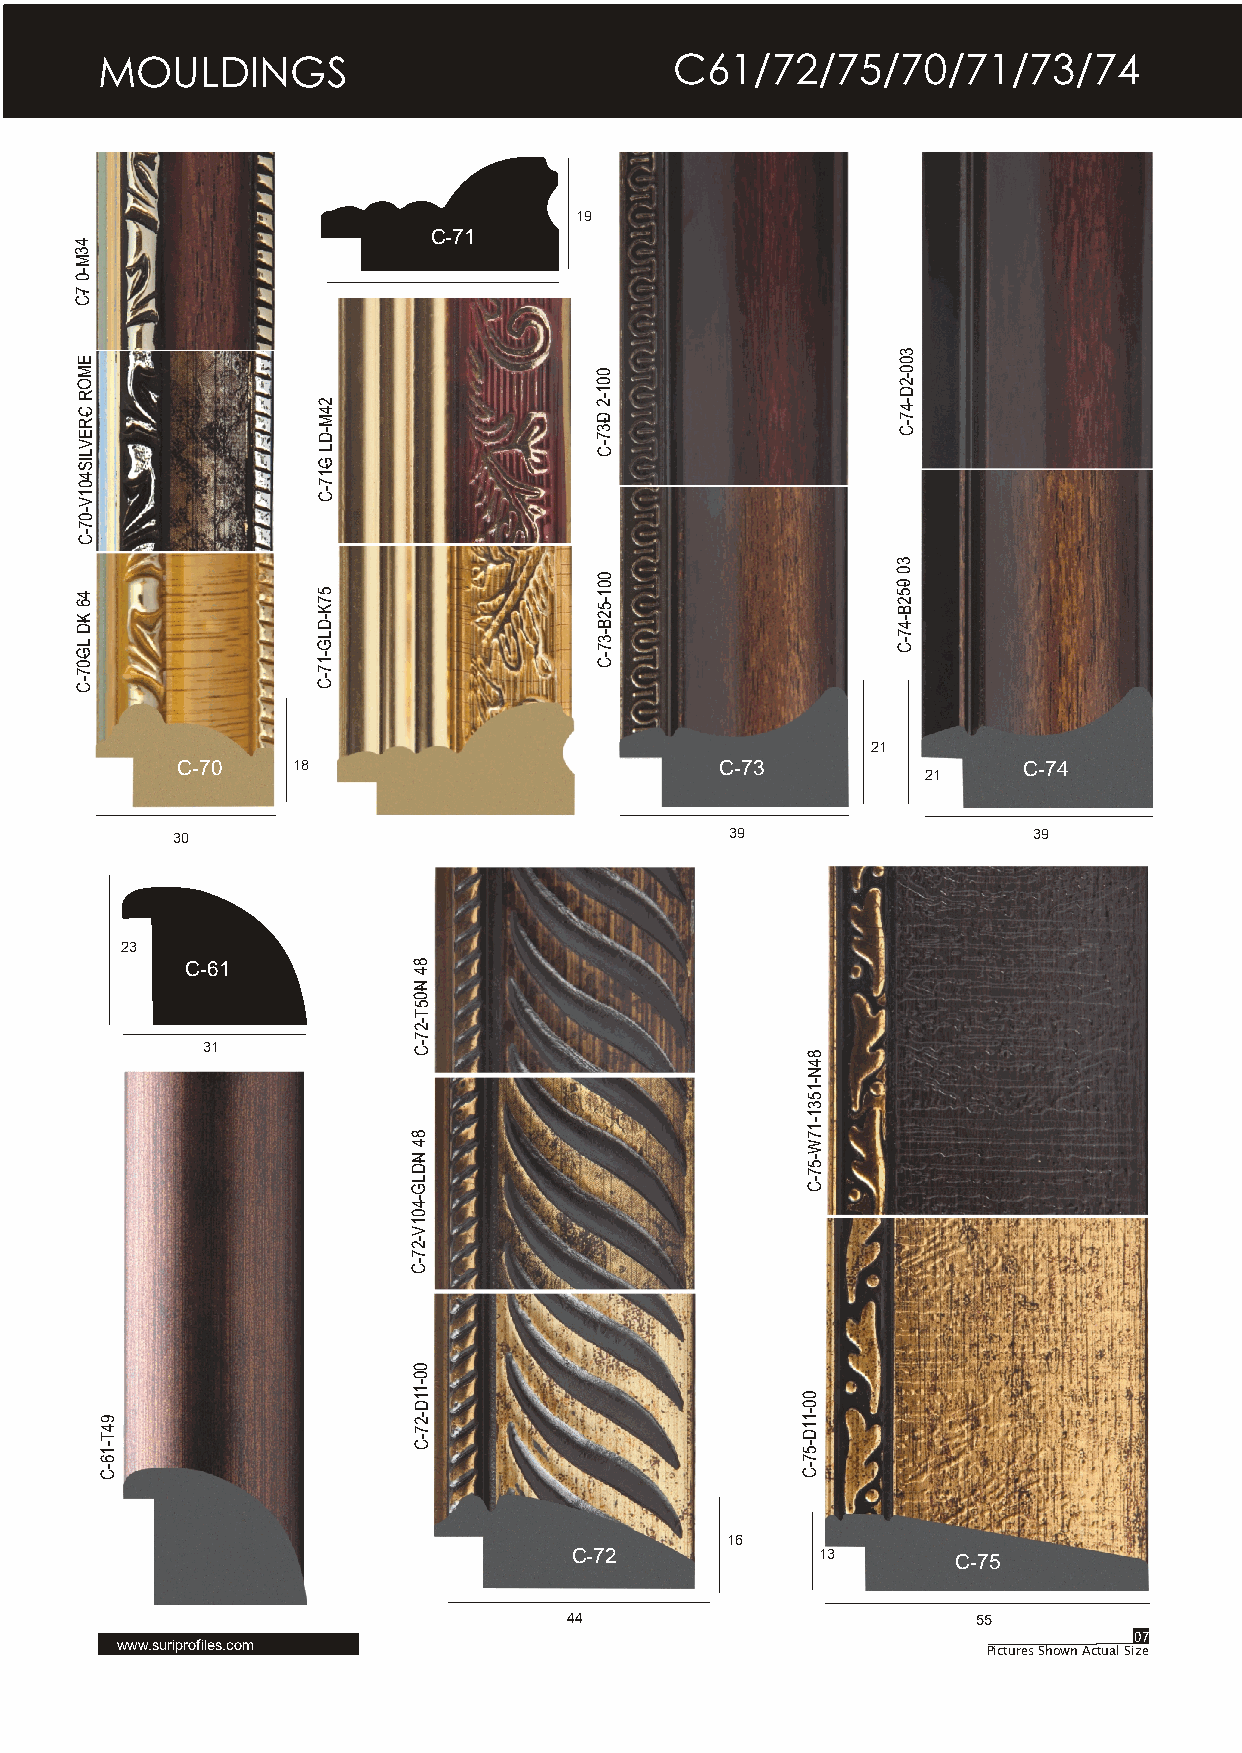
MOULDINGS                              C61/72/75/70/71/73/74
 19
 C-71
 4
 3
 M
 -0
 7-C
 3
 E                                                     0
 M O                               0 0                 0 -2
 R
 C-R
 E
 2
 4 M
 -D
 1 -2
 D-3
 7
 D -4
 7 -C
 V L             L                 -C
 IS
 4
 G
 -1
 0               7
 1
 V
 -C
 -0
 7
 -C
 3
 0                   0
 4 6 K-D
 L G -0
 7 -C
 5 7 K -D
 L
 G -1
 7 -C
 0
 1 -5 2 B
 -3
 7 -C
 0-5
 2 B -4
 7
 -C
 21
 C-70   18                           C-73                C-74
 21
 30                                   39                  39
 23
 C-61           8
 4
 N-0
 5
 T
 -2
 7
 31            -C
 8
 4
 N
 -1
 5
 3
 1
 -1
 8                         7
 4                         W
 N-D                       -5
 7
 L
 G
 -C
 -4
 0
 1
 V
 -2
 7
 -C
 0
 0
 -1
 1                         0
 D                         0
 9 4 T
 -1
 -2 7 -C                   -1 1 D
 -5
 6                                             7
 -C                                            -C
 16
 C-72            13       C-75
 44                         55
 07
 www.suriprofiles.com
 Pictures Shown Actual Size